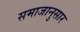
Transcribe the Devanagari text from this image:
समाजानुसार